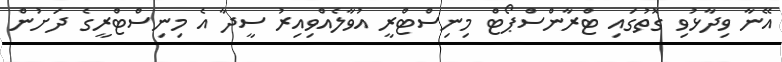
އޭނާ ވިދާޅުވި ގޮތުގައި ޓްރާންސްޕޯޓް މިނިސްޓްރީ އުވާލެއްވިއިރު ސީދާ އެ މިނިސްޓްރީގެ ދަށުން